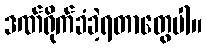
ဒဏ်ရိုက်ခံခဲ့ရတာတွေပါ။